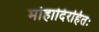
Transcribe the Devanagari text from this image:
मोहादिरहितः